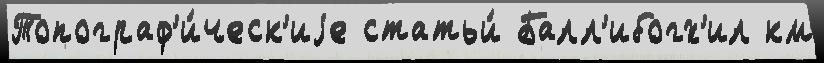
Топограф'и́ческ'иjе статьи́ Балл'ибогх'ил км